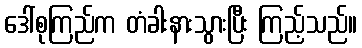
ဒေါ်စုကြည်က တံခါးနားသွားပြီး ကြည့်သည်။